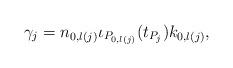
LaTeX: \begin{align*}\gamma_j=n_{0,l(j)}\iota_{P_{0,l(j)}}(t_{P_j})k_{0,l(j)}, \end{align*}